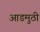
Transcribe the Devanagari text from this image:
आडमुठी